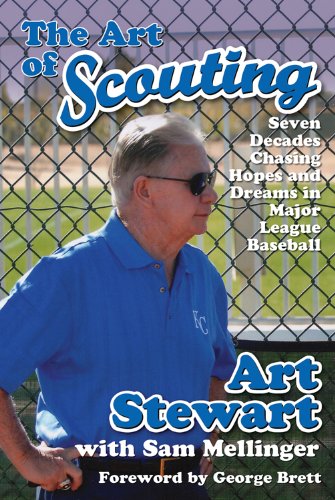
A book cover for The Art of Scouting: Seven Decades Chasing Hopes and Dreams in Major League Baseball; Art Stewart; Biographies & Memoirs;